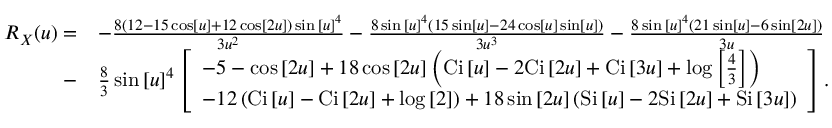
\begin{array} { r l } { { R _ { X } } ( u ) = } & { - \frac { { 8 \left( { 1 2 - 1 5 \cos \left[ u \right] + 1 2 \cos \left[ { 2 u } \right] } \right) \sin { { \left[ u \right] } ^ { 4 } } } } { { 3 { u ^ { 2 } } } } - \frac { { 8 \sin { { \left[ u \right] } ^ { 4 } } \left( { 1 5 \sin \left[ u \right] - 2 4 \cos \left[ u \right] \sin \left[ u \right] } \right) } } { { 3 { u ^ { 3 } } } } - \frac { { 8 \sin { { \left[ u \right] } ^ { 4 } } \left( { 2 1 \sin \left[ u \right] - 6 \sin \left[ { 2 u } \right] } \right) } } { { 3 u } } } \\ { - } & { \frac { 8 } { 3 } \sin { \left[ u \right] ^ { 4 } } \left[ \begin{array} { l } { - 5 - \cos \left[ { 2 u } \right] + 1 8 \cos \left[ { 2 u } \right] \left( { \mathrm { { C i } } \left[ u \right] - 2 { \mathrm { C i } } \left[ { 2 u } \right] + \mathrm { { C i } } \left[ { 3 u } \right] + \log \left[ { \frac { 4 } { 3 } } \right] } \right) } \\ { - 1 2 \left( { { \mathrm { C i } } \left[ u \right] - \mathrm { { C i } } \left[ { 2 u } \right] + \log \left[ 2 \right] } \right) + 1 8 \sin \left[ { 2 u } \right] \left( { { \mathrm { S i } } \left[ u \right] - 2 \mathrm { { S i } } \left[ { 2 u } \right] + { \mathrm { S i } } \left[ { 3 u } \right] } \right) } \end{array} \right] . } \end{array}